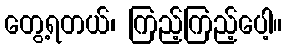
တွေ့ရတယ်၊ ကြည့်ကြည့်ပေါ့။